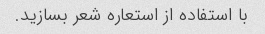
با استفاده از استعاره شعر بسازید.